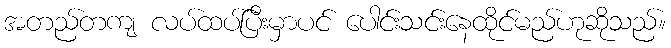
အတည်တကျ လပ်ထပ်ပြီးမှာပင် ပေါင်းသင်းနေထိုင်မည်ဟုဆိုသည်။